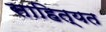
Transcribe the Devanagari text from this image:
साहित्यत